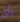
رأى